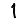
Digit: 1